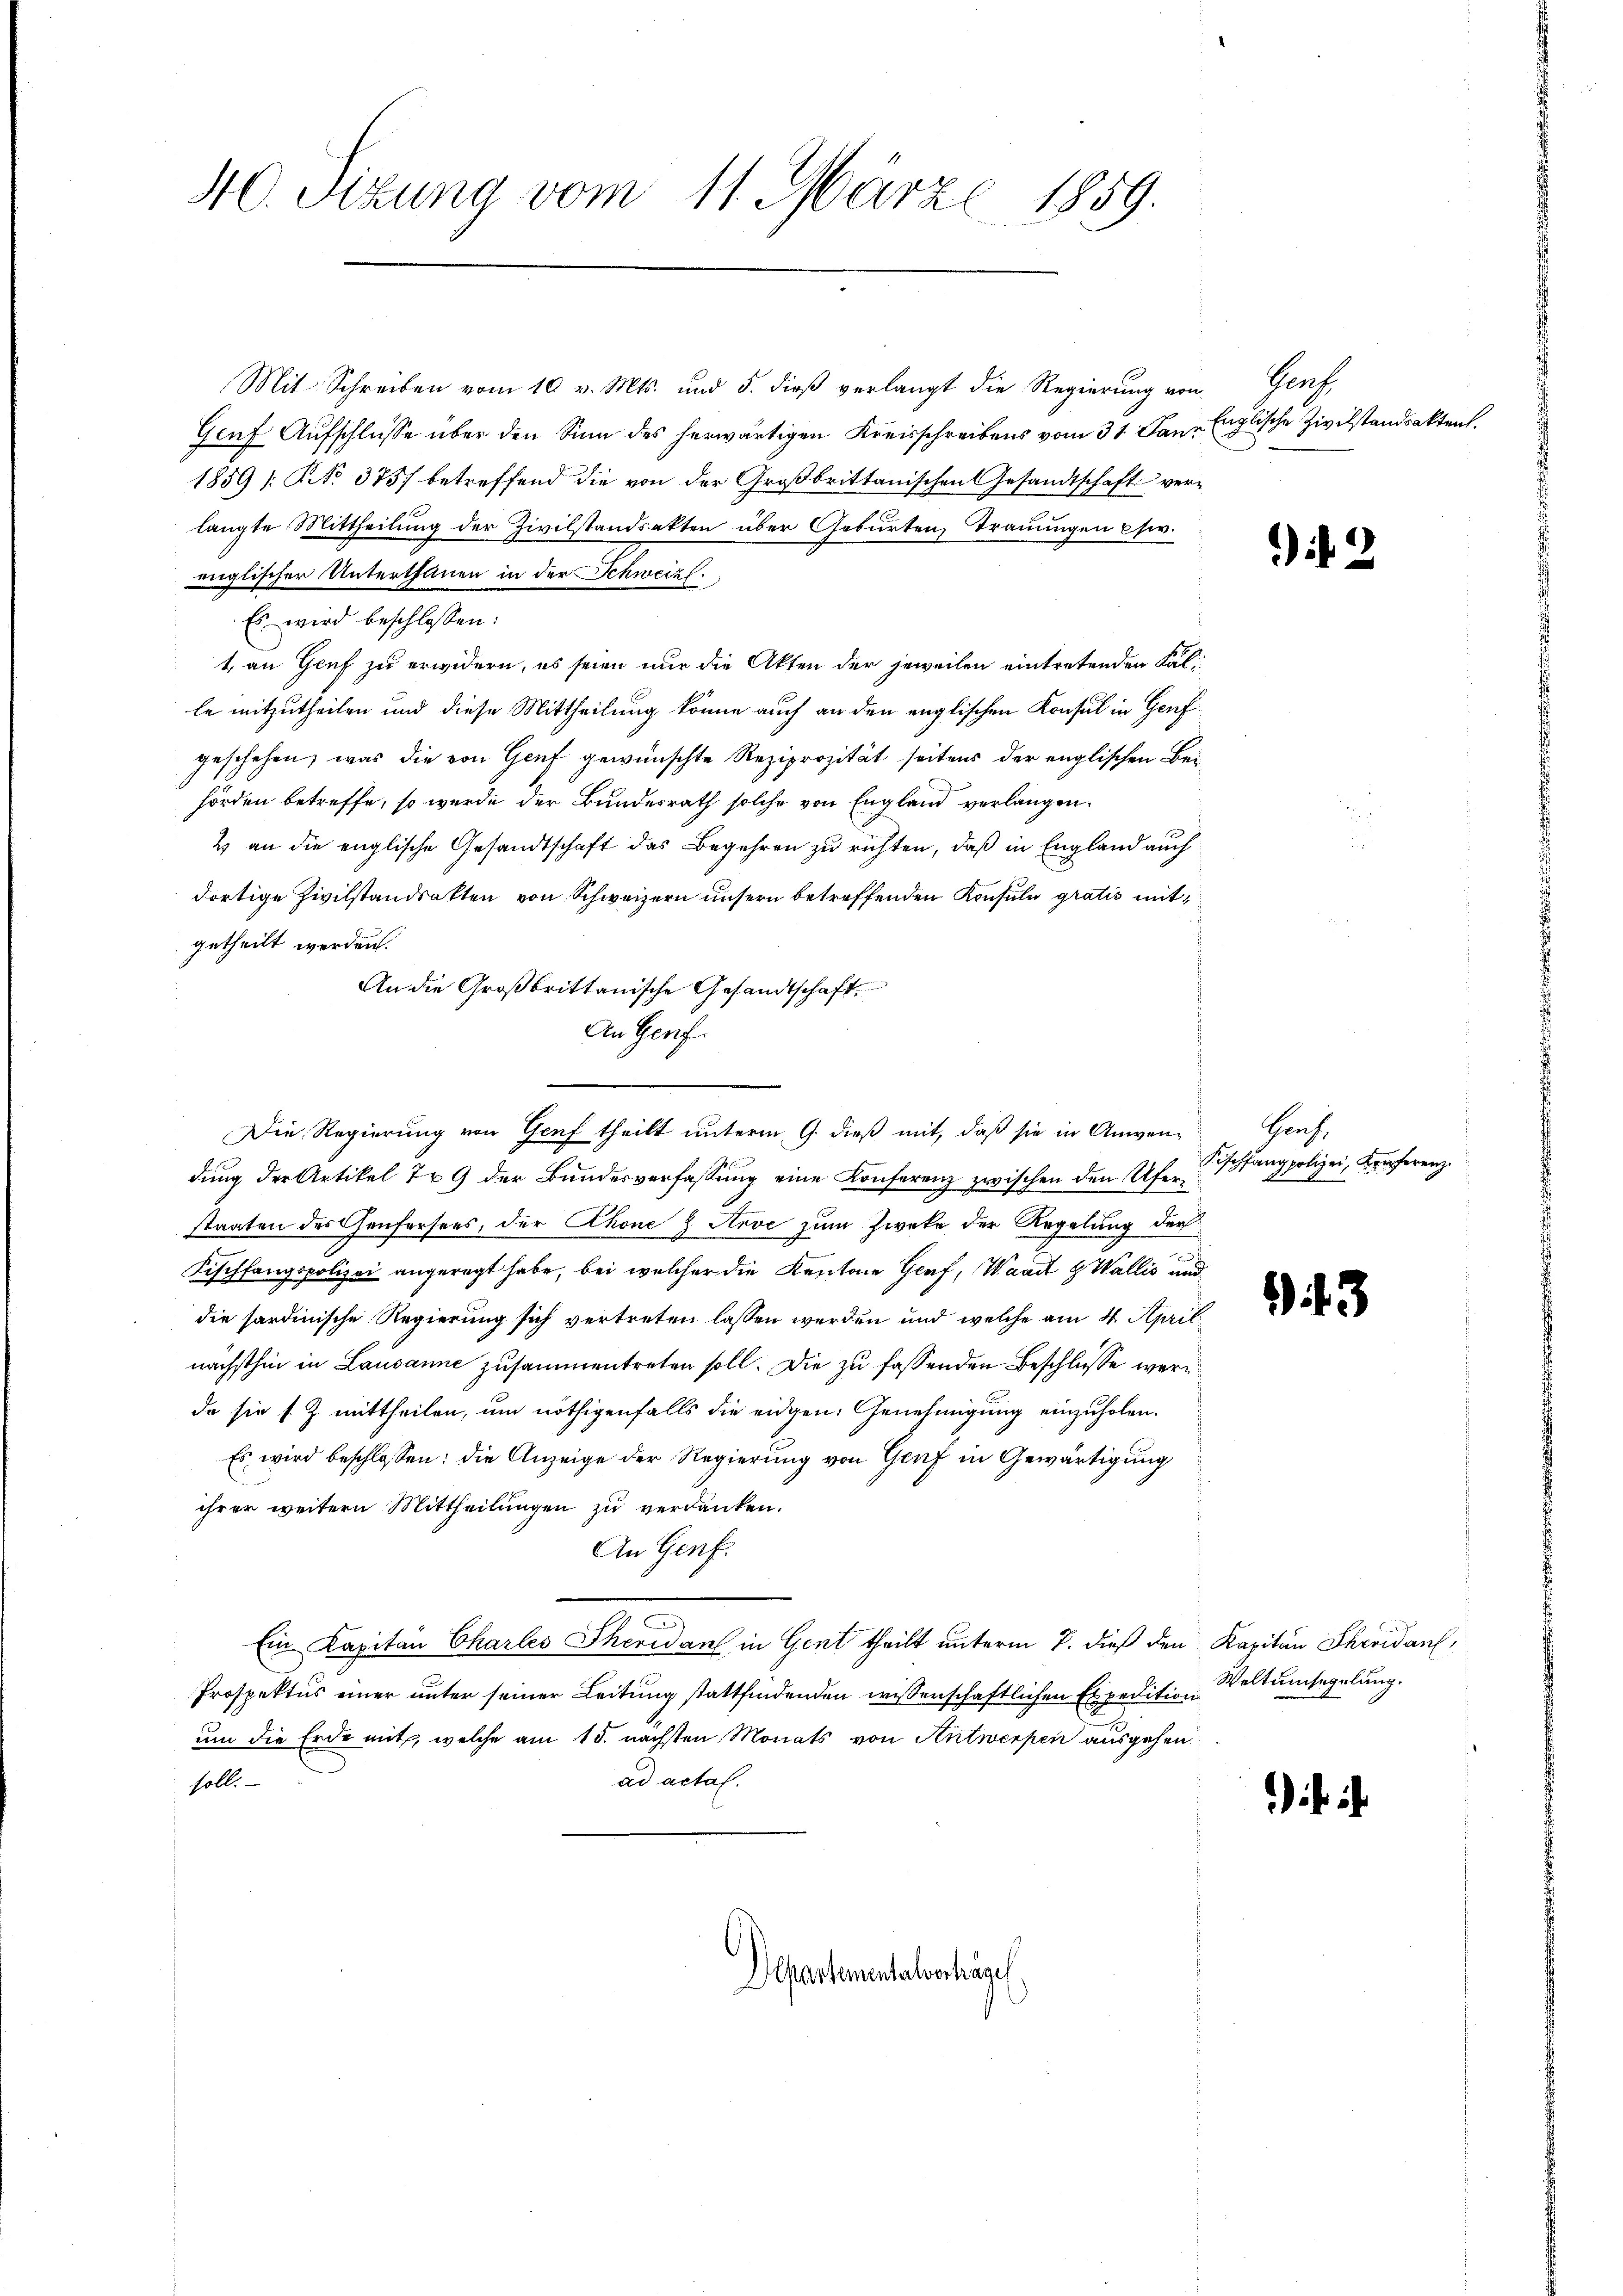
40. Sizung vom 11. März 1859.

Mit Schreiben vom 10 v. Mts. und 5. dieß verlangt die Regierung von Genf,
Genf Aufschlüsse über den Sinn des herwärtigen Kreisschreibens vom 31. Jan. Englische Zivilstandsakten.
1859 [NNo. 375 betreffend die von der Großbrittanischen Gesandtschaft verlangte Mittheilung der Zivilstandsakten über Geburten Trauungen Ew.
englischer Unterthanen in der Schweiz.
Es wird beschlossen:
1 an Genf zu erwidern, es seien nur die Akten der jeweilen eintretenden Fälle mitzutheilen und diese Mittheilung könne auch an den englischen Konsul in Genf
geschehen, was die von Genf gewünschte Reziprozität seitens der englischen Behörden betreffe, so werde der Bundesrath solche von England verlangen.
4 an die englische Gesandtschaft das Begehren zu richten, daß in England auch
dortige Zivilstandsatten von Schweizern unsern betreffenden Konsula gratis mitgetheilt werden.
An die Großbrittanische Gesandtschaft
An Genf.
dung der Artikel 709 der Bundesverfassung eine Konferenz zwischen den Uferstaaten des Chenforsees, der Chone & Arve zum Zwecke der Regelung der
Fischfangspolizei angeregt habe, bei welcher die Kantone Genf, Waadt & Wallis und
die sardinische Regierung sich vertreten lassen werden und welche am 4. April
nächsthin in Lausanne zusammentreten soll. Die zu fassenden Beschlüsse ware
da sie s. Z. mittheilen, um nöthigenfalls die eidgen. Genehmigung einzuholen.
Es wird beschlossen: die Anzeige der Regierung von Genf in Gewärtigung
ihrer weitern Mittheilungen zu verdanken.
An Genf.
Ein Kapitan Charles Theredant in Gent theilt unterm 7. dieß den Kapitän Shevidant,
Prospektus einer unter seiner Leitung stattfindenden wissenschaftlichen Expedition
um die Erde mit, welche am 15. nächsten Monats von Antwerpen ausgehen
ad actal.
soll.

Die Regierung von Genf theilt unterm 9. dieß mit, daß sie in Anwen- Genf,

Departementalverhäge

it

Scheffang
polizei, Konferenz
E

43

Weltumsegelung.

f ich